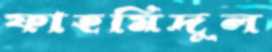
ফাহমিদুল